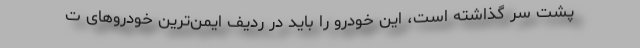
پشت سر گذاشته است، این خودرو را باید در ردیف ایمن‌ترین خودروهای ت